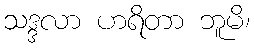
သဒ္ဒလာ ဟရိတာ ဘူမိ၊